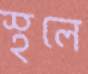
স্থলে